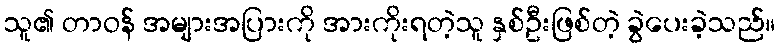
သူ၏ တာဝန် အများအပြားကို အားကိုးရတဲ့သူ နှစ်ဦးဖြစ်တဲ့ ခွဲပေးခဲ့သည်။